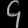
Digit: ၄